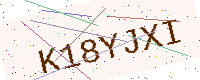
Text: K18YJXI